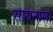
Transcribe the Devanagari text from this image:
सायनाला